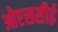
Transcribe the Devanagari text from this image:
ओएससीई